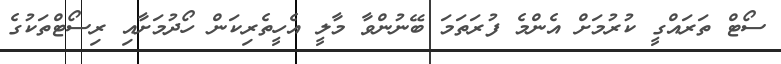
ސޯޓް ތަރައްގީ ކުރުމަށް އެންމެ ފުރަތަމަ ބޭނުންވާ މާލީ އެހީތެރިކަން ހޯދުމަށާއި ރިސޯޓްތަކުގެ